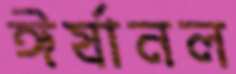
ঈর্ষানল